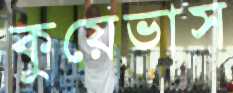
কুয়েভাস